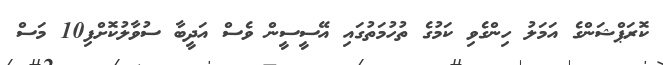
ކޮރަޕްޝަންގެ އަމަލު ހިންގެވި ކަމުގެ ތުހުމަތުގައި އޭސީސީން ވެސް އަދީބާ ސުވާލުކޮށްފި10 މަސް